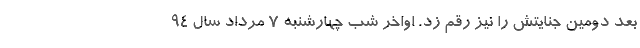
بعد دومین جنایتش را نیز رقم زد. اواخر شب چهارشنبه ۷ مرداد سال ۹۴